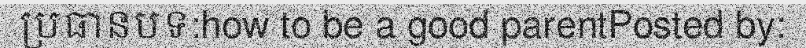
ប្រធានបទ:how to be a good parentPosted by: